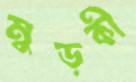
মুড়কী